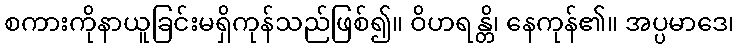
စကားကိုနာယူခြင်းမရှိကုန်သည်ဖြစ်၍။ ဝိဟရန္တိ၊ နေကုန်၏။ အပ္ပမာဒေ၊